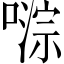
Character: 𫫥